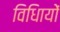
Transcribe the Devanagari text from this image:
विधिायों